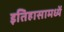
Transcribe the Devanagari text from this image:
इतिहासामध्यें